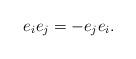
LaTeX: \begin{align*} e_i e_j=-e_j e_i. \end{align*}